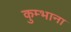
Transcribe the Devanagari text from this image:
कुम्भाना